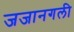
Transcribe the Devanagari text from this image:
जजानगली